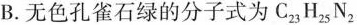
B.无色孔雀石绿的分子式为C_{23}H_{25}N_{2}